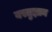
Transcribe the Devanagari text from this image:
वस्तुज्ञान